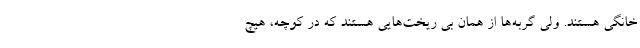
خانگی هستند. ولی گربه‌ها از همان بی ریخت‌هایی هستند که در کوچه، هیچ